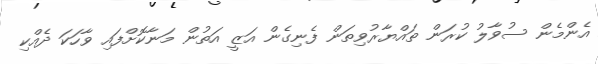
އެންމެން ސުވާލު ކުރަން ތައްޔާރުވިތަން ފެނިގެން އަޒީ އަތުން މަނާކޮށްފައި ވާހަކަ ދެއްކި